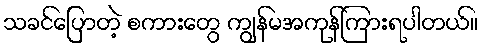
သခင်ပြောတဲ့ စကားတွေ ကျွန်မအကုန်ကြားရပါတယ်။